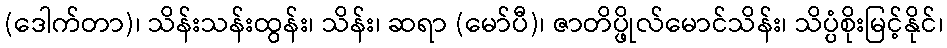
(ဒေါက်တာ)၊ သိန်းသန်းထွန်း၊ သိန်း၊ ဆရာ (မော်ပီ)၊ ဇာတိပ္ဖိုလ်မောင်သိန်း၊ သိပ္ပံစိုးမြင့်နိုင်၊